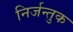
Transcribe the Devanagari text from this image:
निर्जन्तुक